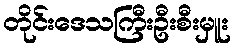
တိုင်းဒေသကြီးဦးစီးမှူး